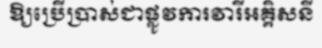
ឱ្យប្រើប្រាស់ជាផ្លូវការវារីអគ្គិសនី